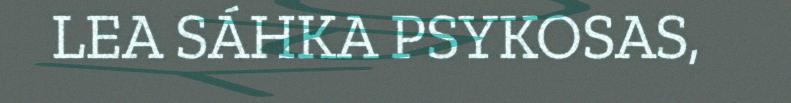
LEA SÁHKA PSYKOSAS,